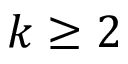
k \geq 2